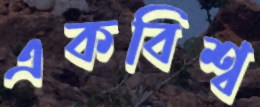
একবিশ্ব